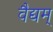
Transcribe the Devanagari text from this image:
वैद्यम्